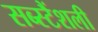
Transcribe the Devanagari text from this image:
सब्स्टैंशली